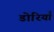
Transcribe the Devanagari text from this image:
डोरियाँ